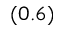
( 0 . 6 )